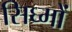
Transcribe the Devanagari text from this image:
सिघ्मों